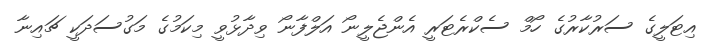
އިޓަލީގެ ސަރުކާރުގެ ހޯމް ސެކްރެޓަރީ އެންޖެލީނޯ އަލްފާނޯ ވިދާޅުވީ މިކަމުގެ މަގުސަދަކީ ޗައިނާ